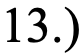
13.)